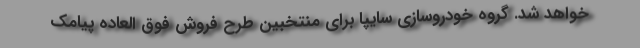
خواهد شد. گروه خودروسازي سايپا براي منتخبين طرح فروش فوق العاده پيامك